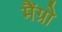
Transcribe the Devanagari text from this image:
मैंग्रो